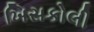
ખિસકોલી